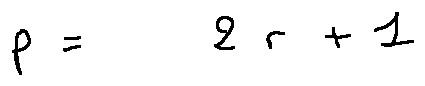
p = 2 r + 1